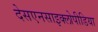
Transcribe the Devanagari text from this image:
देसएनसाइक्लोपीडिया